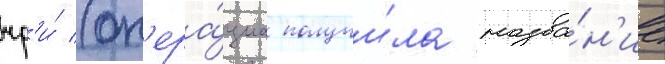
чр'и́ (оп'ера́циа получи́ла назва́н'ие